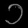
Digit: ၁